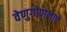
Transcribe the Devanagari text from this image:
वेणुगोपालाचे